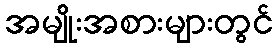
အမျိုးအစားများတွင်